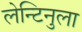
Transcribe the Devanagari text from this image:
लेन्टिनुला